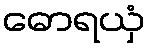
ဓောရယှံ